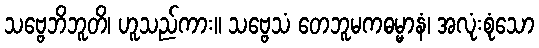
သဗ္ဗေဘိဘူတိ၊ ဟူသည်ကား။ သဗ္ဗေသံ တေဘူမကဓမ္မာနံ၊ အလုံးစုံသော